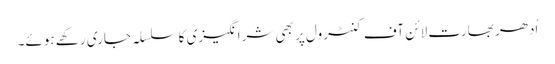
اُدھر بھارت لائن آف کنٹرول پر بھی شرانگیزی کا سلسلہ جاری رکھے ہوئے۔